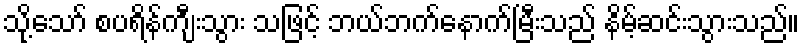
သို့သော် စပရိန်ကျီးသွား သဖြင့် ဘယ်ဘက်နောက်မြီးသည် နိမ့်ဆင်းသွားသည်။